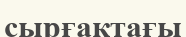
сырғақтағы